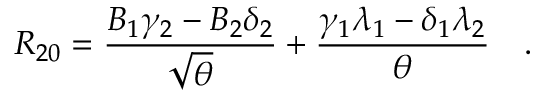
R _ { 2 0 } = { \frac { B _ { 1 } \gamma _ { 2 } - B _ { 2 } \delta _ { 2 } } { \sqrt { \theta } } } + { \frac { \gamma _ { 1 } \lambda _ { 1 } - \delta _ { 1 } \lambda _ { 2 } } { \theta } } \quad .